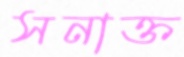
সনাক্ত